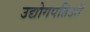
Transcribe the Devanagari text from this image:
उद्योगपतिओं